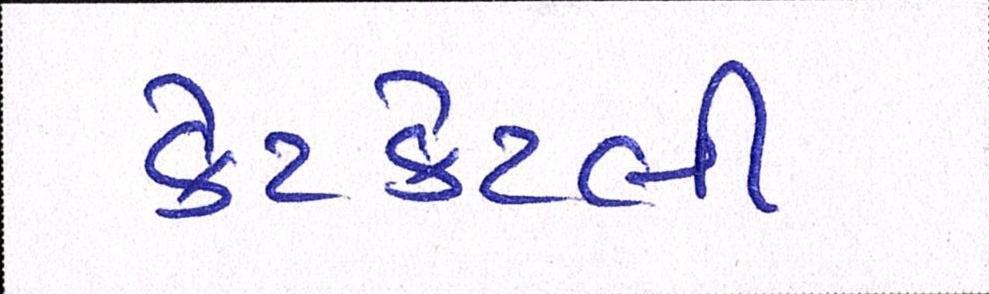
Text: કેટકેટલી